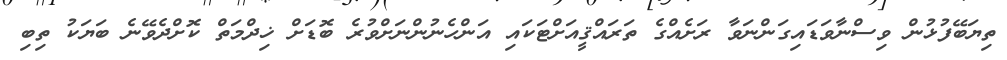
ތިޔަބޭފުޅުން ވިސްނާވަޑައިގަންނަވާ ރަށެއްގެ ތަރައްޤީއަށްޓަކައި އަންހެނުންނަށްވުރެ ބޮޑަށް ޚިދްމަތް ކޮށްދެވޭނެ ބަޔަކު ތިބި